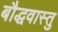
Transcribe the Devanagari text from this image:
बौद्धवास्तु